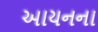
આયનના